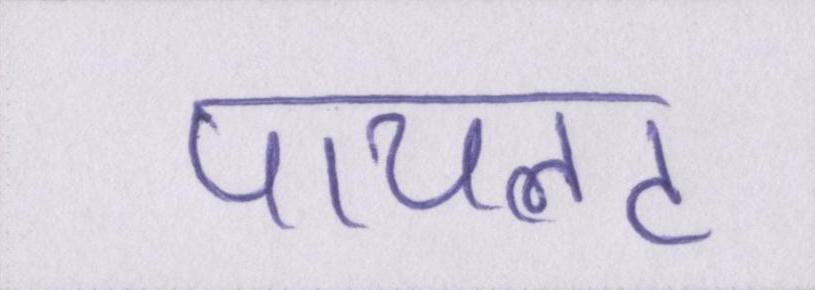
पायलट